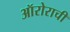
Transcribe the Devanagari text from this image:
ऑरोराची